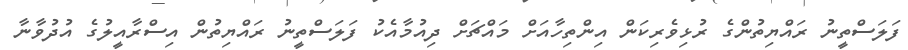
ފަލަސްތީނު ރައްޔިތުންގެ ރުޅިވެރިކަން އިންތިހާއަށް މައްޗަށް ދިއުމާއެކު ފަލަސްތީނު ރައްޔިތުން އިސްރާއީލުގެ އުދުވާނާ